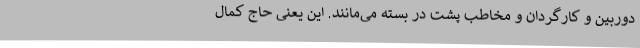
دوربین و کارگردان و مخاطب پشت در بسته می‌مانند. این یعنی حاج کمال